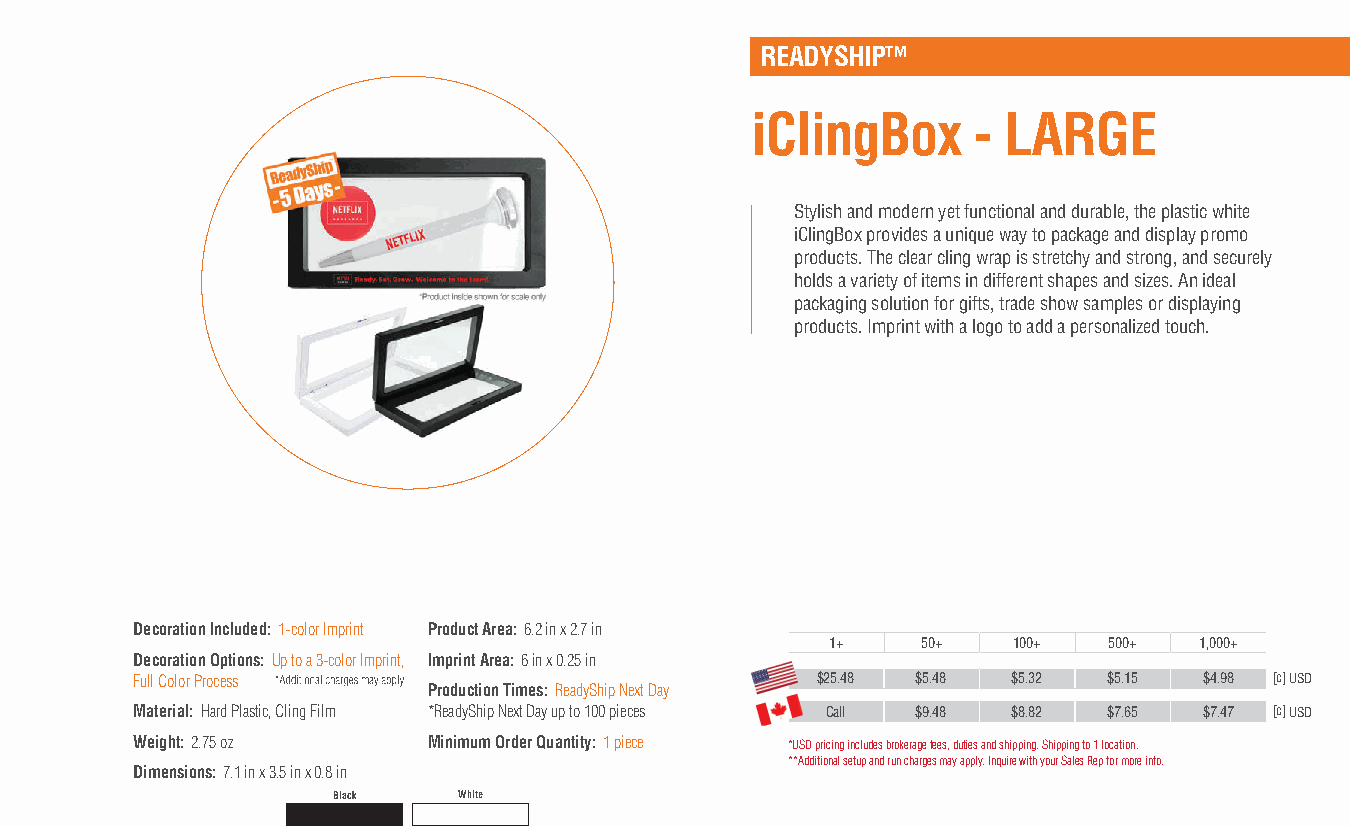
READYSHIP™
 iClingBox     - LARGE
 Stylish and modern yet functional and durable, the plastic white
 iClingBox provides a unique way to package and display promo
 products. The clear cling wrap is stretchy and strong, and securely
 holds a variety of items in different shapes and sizes. An ideal
 packaging solution for gifts, trade show samples or displaying
 products. Imprint with a logo to add a personalized touch.
 Decoration Included: 1-color Imprint Product Area: 6.2 in x 2.7 in
 1+    50+   100+  500+  1,000+
 Decoration Options: Up to a 3-color Imprint, Imprint Area: 6 in x 0.25 in
 Full Color Process                           $25.48 $5.48 $5.32 $5.15  $4.98 [c] USD
 Production Times: ReadyShip Next Day
 Material: Hard Plastic, Cling Film *ReadyShip Next Day up to 100 pieces Call $9.48 $8.82 $7.65 $7.47 [c] USD
 Weight: 2.75 oz    Minimum Order Quantity: 1 piece *USD pricing includes brokerage fees, duties and shipping. Shipping to 1 location.
 **Additional setup and run charges may apply. Inquire with your Sales Rep for more info.
 Dimensions: 7.1 in x 3.5 in x 0.8 in
 Black   White